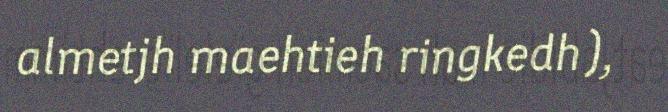
almetjh maehtieh ringkedh),